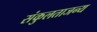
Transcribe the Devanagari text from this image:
संकुलताजन्य